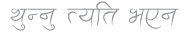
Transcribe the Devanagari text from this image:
थुन्नु त्यति भएन